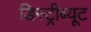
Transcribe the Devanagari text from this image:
डिस्ट्रीब्यूट